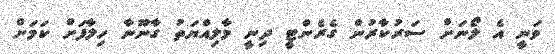
ވަނީ އެ ލޯނަށް ސަރުކާރުން ގެރެންޓީ ދިނީ މާލިއްޔަތު ގާނޫނާ ހިލާފަށް ކަމަށް